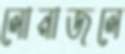
লোনাজলে